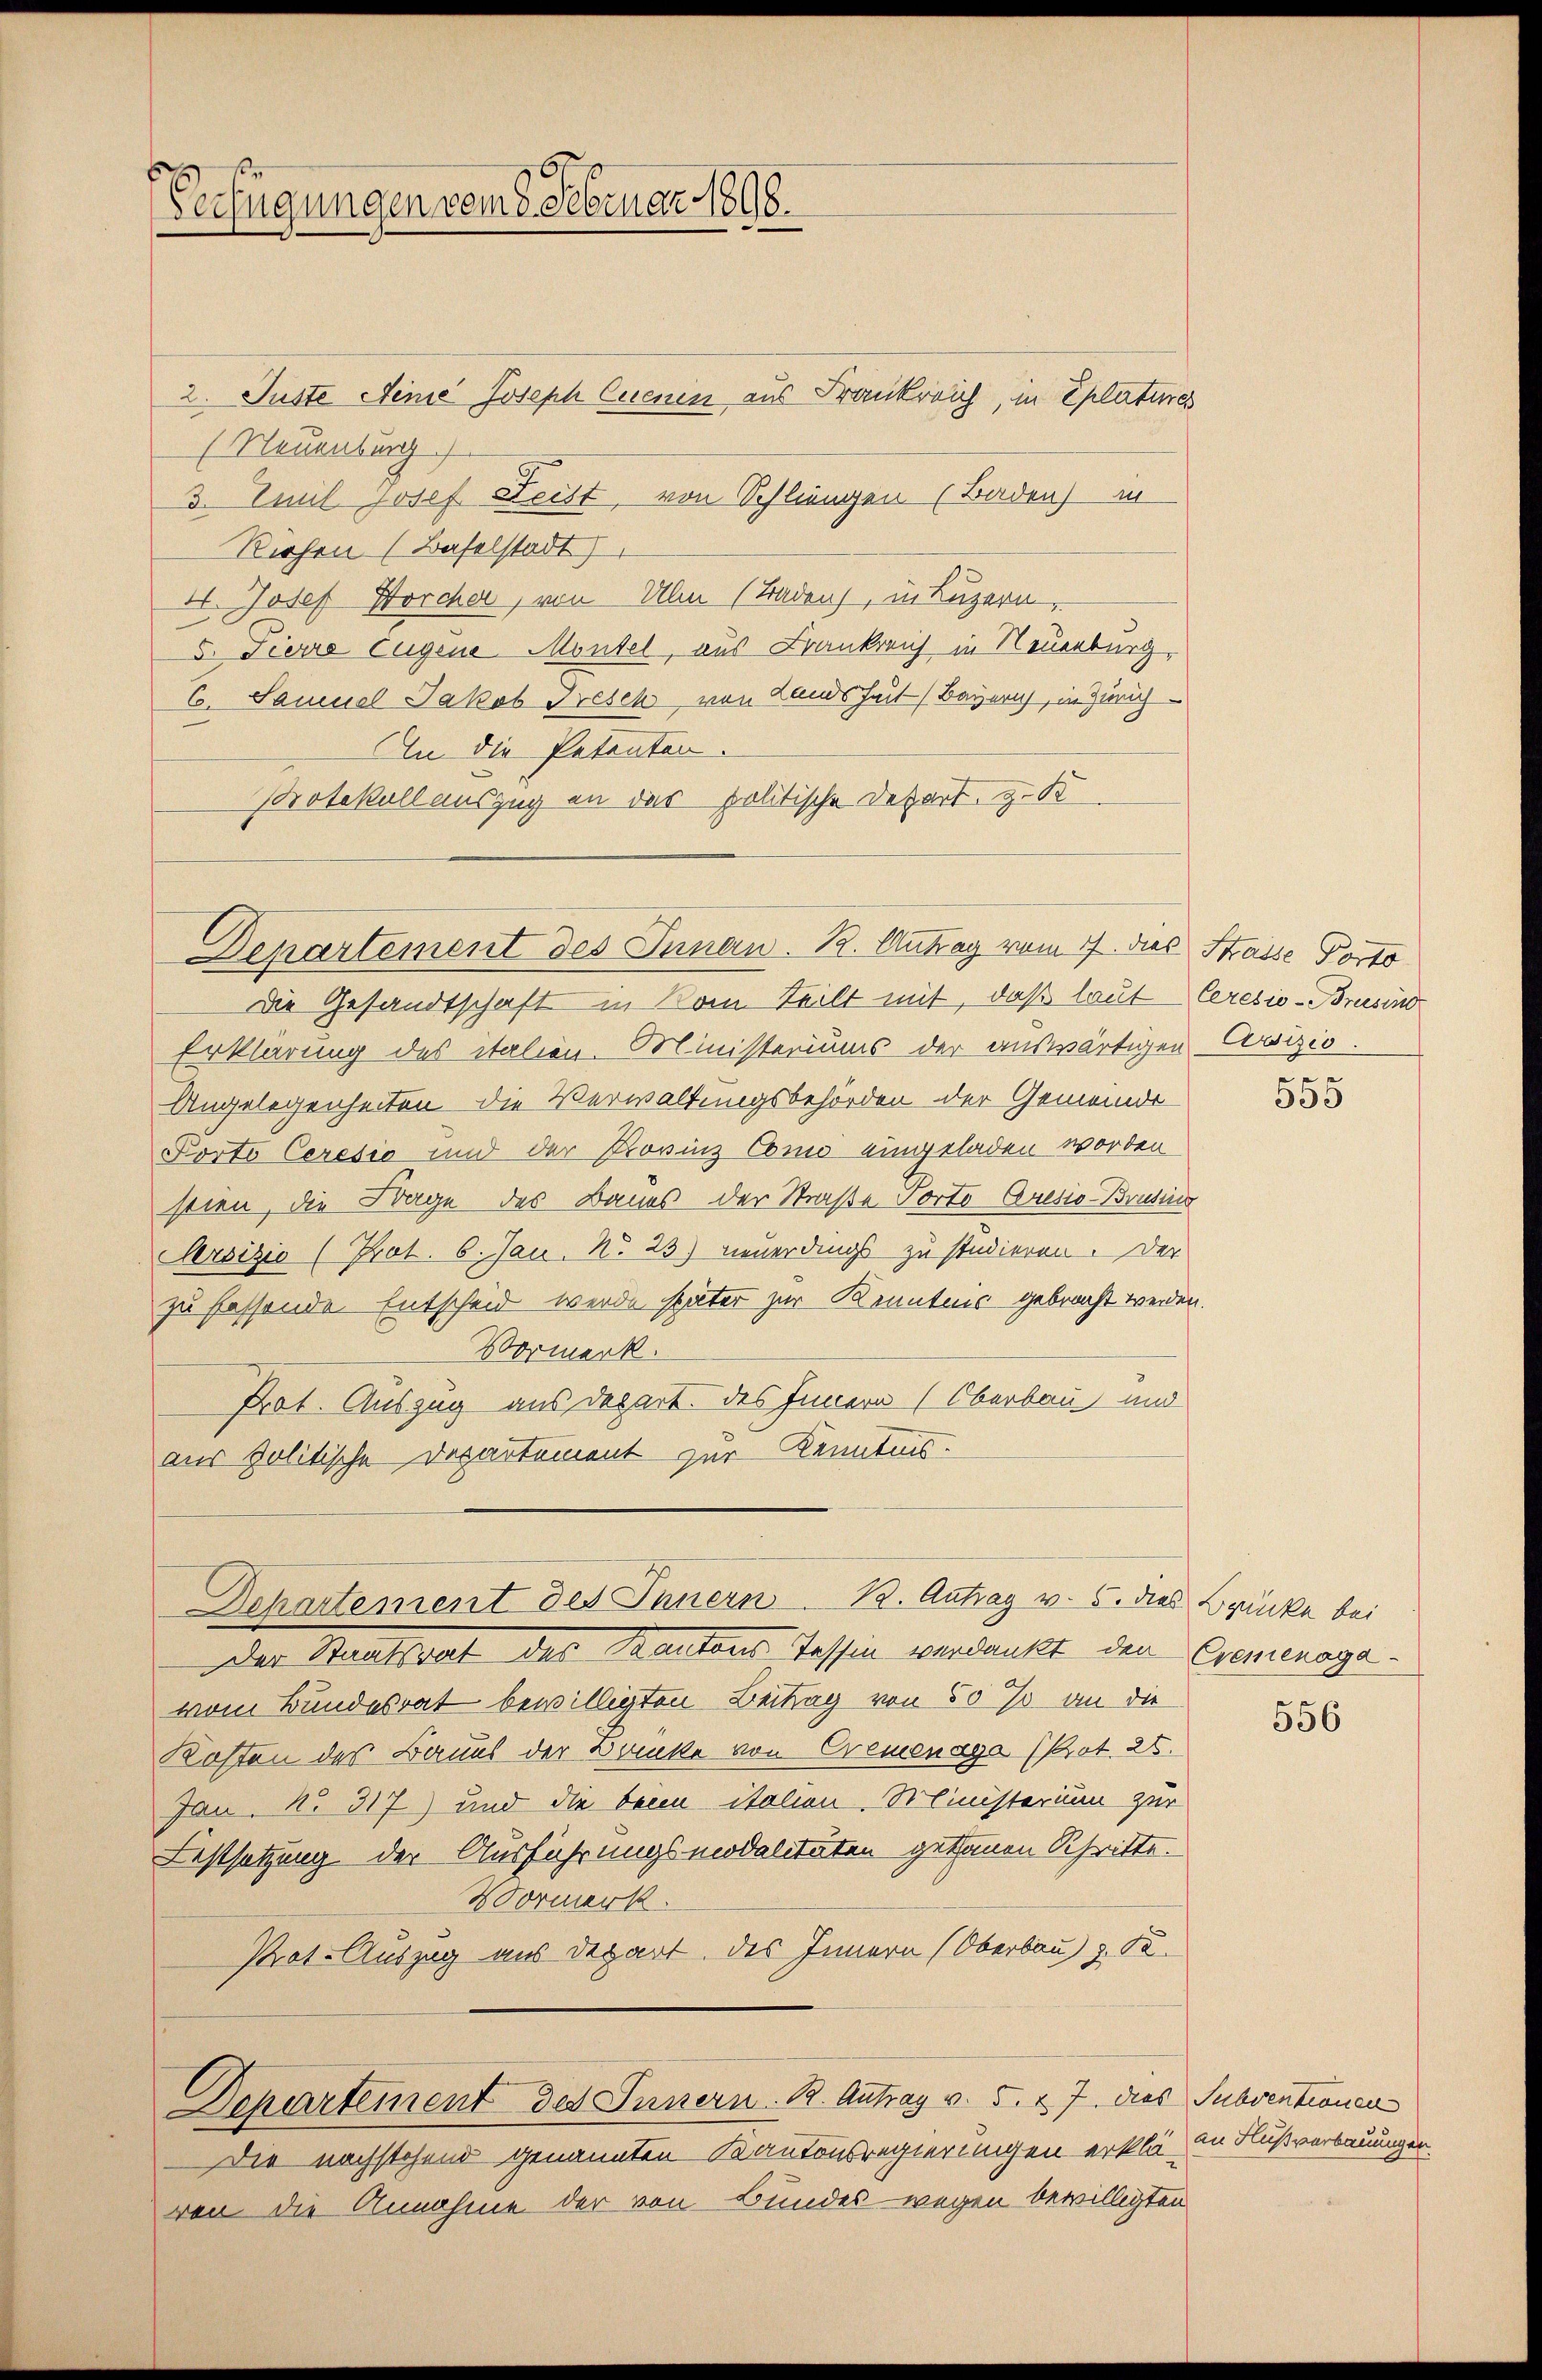
Verfügungen vom 8. Februar 1898.

(Neuenburg.
3. Emil Josef Leist, von Schlingen (Baden) in
Riehen (Baselstadt)
H. Josef Horcher, von Ulm (Traden, in Luzern,
5. Pieria Eugene Montel, aus Frankreich in Neuenburg,
B. Samuel Jakob Tresch von Landsheit (Bayerich, in Zürich
In die Patenten.
Protokollauszug an der politische Depart, z. B.

Denartement des Innen. K. Antrag vom 17. dies Strasse Porto

2. Juste Meine Joseph Cuenen aus Frankreich, in Eplatures

Die Gesandtschaft in Vom Teilt mit, daß laut
Erklärung des italien-Ministeriums der auswärtigen Covizio.
Angelegenheiten die Verwaltungsbehörden der Gemeinde
Porto Ceresio und der Rovinz Como eingeladen worden
stien, die Frage des Baues der Straße Porto Cresio-Brusins
Sersizio (Prot. 6. Jan. No 23) neuerdings zu studieren. Der
zu fassende Entscheid werde später zur Kenntnis gebracht werden
Vormerk.
Prot. Auszug aus depart des Innern (Oberbau und
aus politische Departement zur Kenntnis.
Der Staatsaal des Karten Tessin verlaut den
vom Bundesrat bewilligten Beitrag von 50 % an die
Kosten des Baues der Banke von Cremenage (Prot. 25.
Jan. No. 317) und die beim italien. Ministerium zur
Lestsetzung der Ausführungsmodalitäten gethanen Schritte.
Wormerk.
Prot. Auszug aus Depart. des Innern (Oberbau d. 12.
Departement des Innern. R. Antrag v. 5. 27. dies Subventionen
Die nachstehend genannten Kantonsregierungen erklävon die Annahme der von Bundes wegen bewilligten

Departement des Innern K. Antrag v. 5. dies Brücke bei

Ceresio-Brusins

555

Cremenaga

556

an Flußverbauungen.